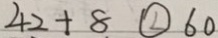
4 2 + 8 \textcircled { < } 6 0